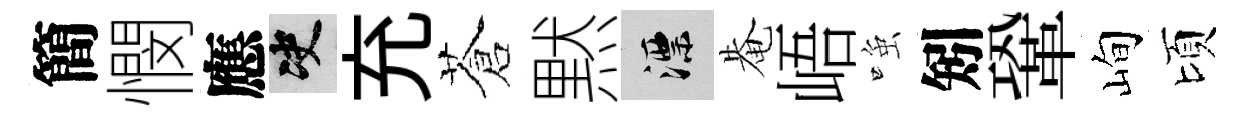
簡憫應决充蒼黙漂𤲅峿𫪻矧鞏峋頃